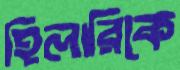
হিলারিকে